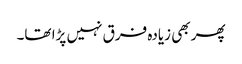
پھر بھی زیادہ فرق نہیں پڑا تھا۔